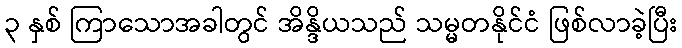
၃ နှစ် ကြာသောအခါတွင် အိန္ဒိယသည် သမ္မတနိုင်ငံ ဖြစ်လာခဲ့ပြီး